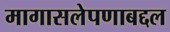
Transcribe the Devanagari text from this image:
मागासलेपणाबद्दल